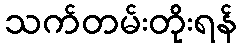
သက်တမ်းတိုးရန်